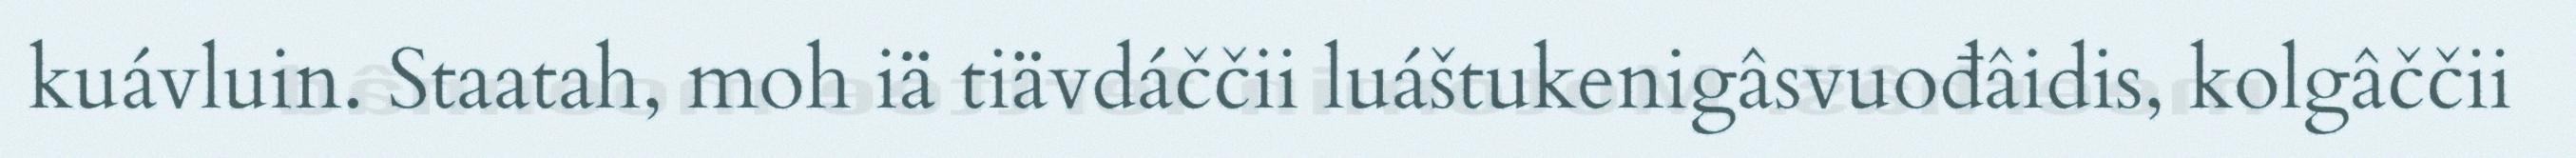
kuávluin. Staatah, moh iä tiävdáččii luáštukenigâsvuođâidis, kolgâččii